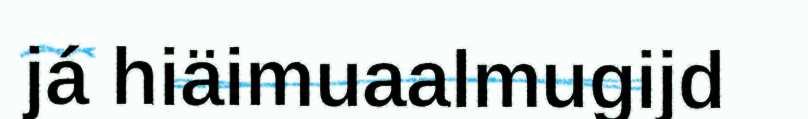
já hiäimuaalmugijd